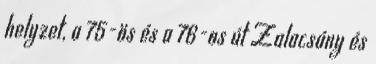
helyzet, a 75-ös és a 76-os út Zalacsány és